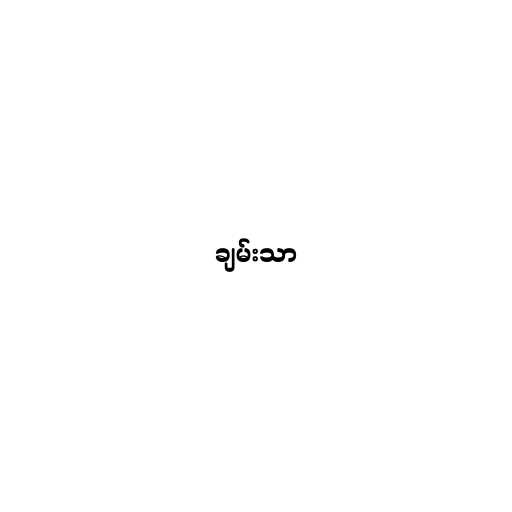
ချမ်းသာ